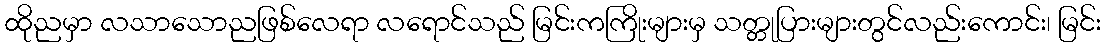
ထိုညမှာ လသာသောညဖြစ်လေရာ လရောင်သည် မြင်းကကြိုးများမှ သတ္တုပြားများတွင်လည်းကောင်း၊ မြင်း